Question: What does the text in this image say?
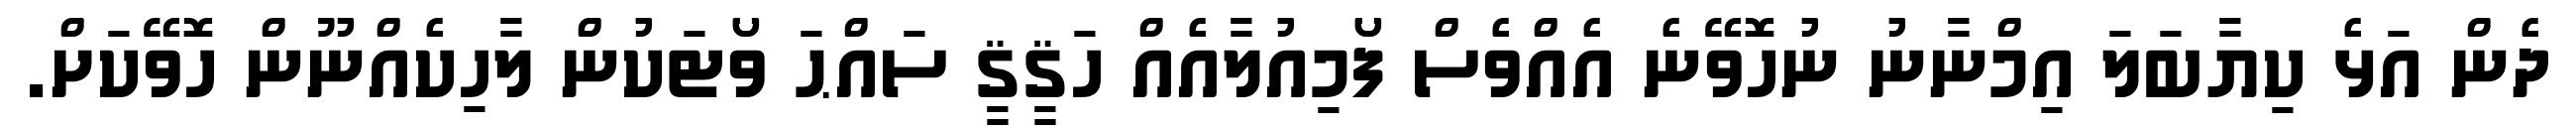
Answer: ދެން އަޅެ ކިޔާބަލަ އިމްނާނު ނުހޮވޭނެ އެއްވެސް ފޯމިއުލާއެއް ހަޤީޤީ ސައްޙަ ވޯޓަކުން ލާހިކެއްނޫން ހޮވޭކަށް.